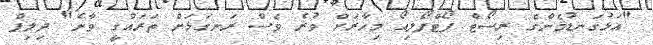
"އަޅުގަނޑުމެންގެ ރިސޯޓް ޕޯޓްފޯލިއޯ މިހާރަށް ވުރެ ވެސް ރަނގަޅަށް ތަރައްގީ ވާނެ" ދިލިޕް